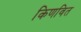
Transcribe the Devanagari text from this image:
किणवित